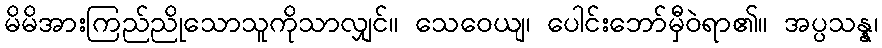
မိမိအားကြည်ညိုသောသူကိုသာလျှင်။ သေဝေယျ၊ ပေါင်းဘော်မှီဝဲရာ၏။ အပ္ပသန္န၊